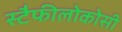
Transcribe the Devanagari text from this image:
स्टैफीलोकोसी